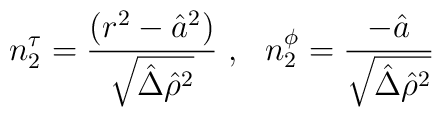
n_2^\tau={(r^2-\hat{a}^2)\over \sqrt{\hat{\Delta} \hat{\rho}^2}}~,~~n_2^\phi={-\hat{a}\over  \sqrt{\hat{\Delta} \hat{\rho}^2}}